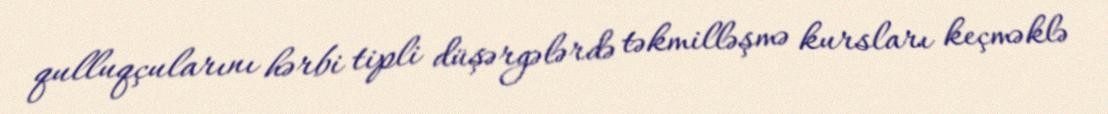
qulluqçularını hərbi tipli düşərgələrdə təkmilləşmə kursları keçməklə